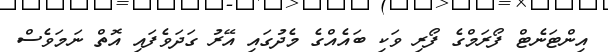
އިންޓަނެޓް ފޯރަމްގެ ފޯރި ވަކި ބައެއްގެ މެދުގައި އޭރު ގަދަވެފައި އޮތް ނަމަވެސް